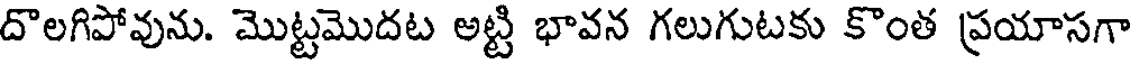
దొలగిపోవును. మొట్టమొదట అట్టి భావన గలుగుటకు కొంత ప్రయాసగా